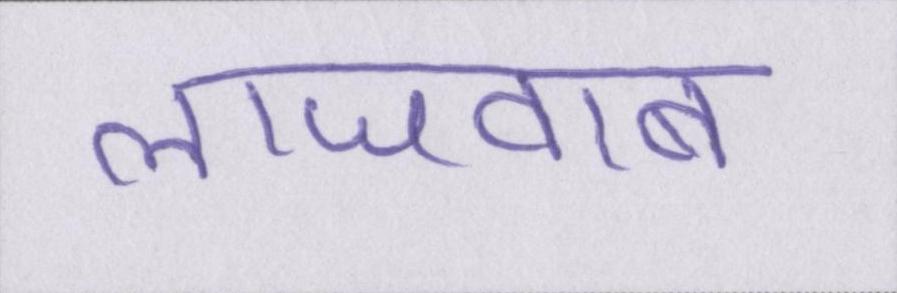
लाजवाब